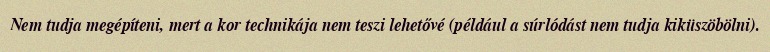
Nem tudja megépíteni, mert a kor technikája nem teszi lehetővé (például a súrlódást nem tudja kiküszöbölni).